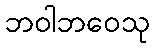
ဘဝါဘဝေသု